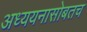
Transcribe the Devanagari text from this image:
अध्ययनासोबतच